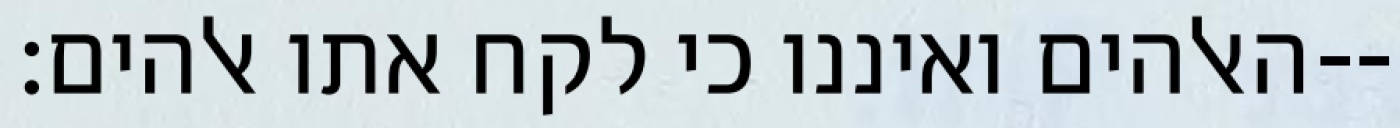
האלהים ואיננו כי לקח אתו אלהים׃--